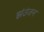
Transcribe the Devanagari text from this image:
झंउंजन